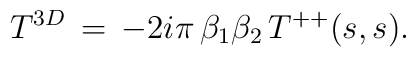
T^{3D}\,=\,-2i\pi\,\beta_1\beta_2\,T^{++}(s,s).